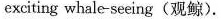
exciting whale-seeing(观鲸).